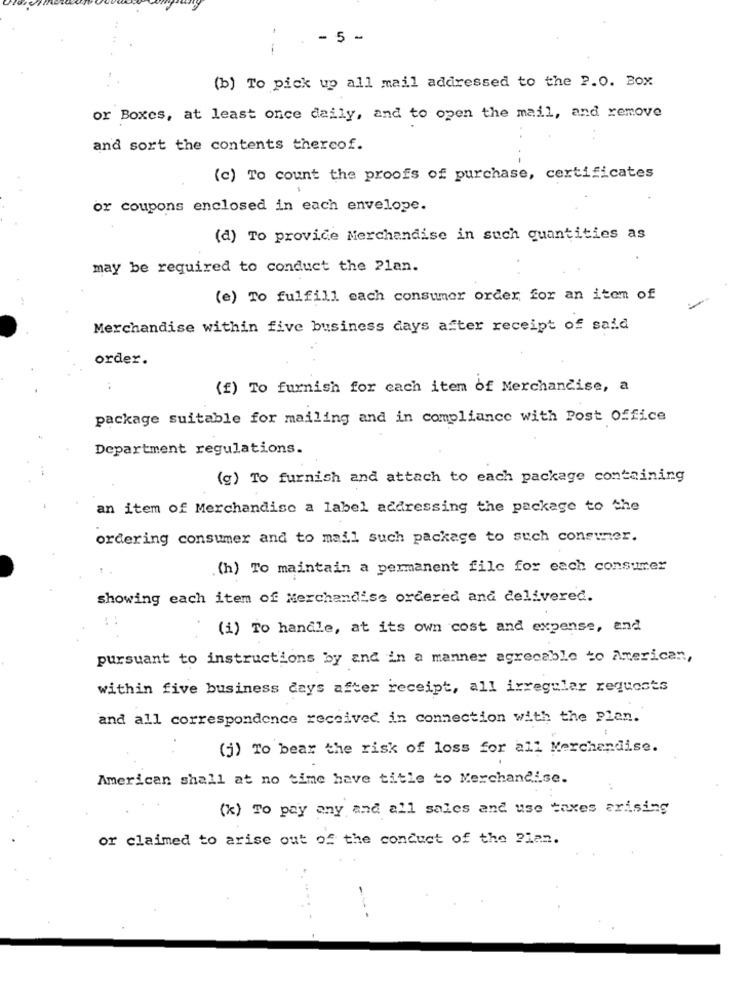
- 5 -
-
(b) To pick up all mail addressed to the P.O. Box
or Boxes, at least once daily, and to open the mail, and remove
and sort the contents thereof.
(c) To count the proofs of purchase, certificates
or coupons enclosed in each envelope.
(d) To provide Merchandise in such quantities as
may be required to conduct the 21an.
(e) To fulfill each consumer order for an item of
-
Merchandise within five business days after receipt of said
order.
..
(f) To furnish for each item of Merchandise, a
package suitable for mailing and in compliance with Post Office
Department regulations.
(g) To furnish and attach to each package containing
an item of Merchandise a label addressing the package to the
ordering consumer and to mail such package to such consumer.
.(h) To maintain a permanent file for each consumer
showing each item of Merchandise ordered and delivered.
(i) To handle, at its own cost and expense, and
pursuant to instructions by and in a manner agrecable to American,
within five business days after receipt, all irregular requests
and all correspondence received in connection with the Plan.
(j) To bear the risk of loss for all Merchandise.
American shall at no time have title to Merchandise.
(x) To pay any and all sales and use taxes arising
or claimed to arise out of the conduct of the Plan.